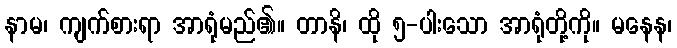
နာမ၊ ကျက်စားရာ အာရုံမည်၏။ တာနိ၊ ထို ၅-ပါးသော အာရုံတို့ကို။ မနေန၊